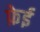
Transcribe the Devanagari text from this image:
फ़ेई